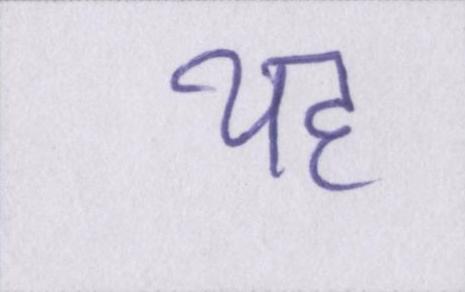
यह